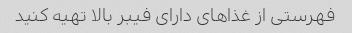
فهرستی از غذاهای دارای فیبر بالا تهیه کنید